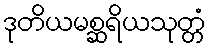
ဒုတိယမစ္ဆရိယသုတ္တံ